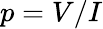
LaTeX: p=V/I